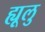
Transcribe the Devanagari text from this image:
ह्यूलु